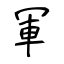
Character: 軍